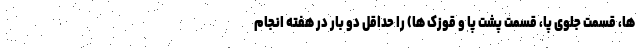
ها، قسمت جلوی پا، قسمت پشت پا و قوزک ها) را حداقل دو بار در هفته انجام